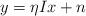
LaTeX: \begin{align*}y=\eta Ix+n\end{align*}